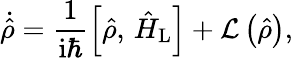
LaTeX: \dot{\hat{\rho}}=\frac{1}{\mathrm{i}\hbar}\left[\hat{\rho},\, \hat{H}_{\mathrm{L}}\right]+\mathcal{L}\left(\hat{\rho}\right),